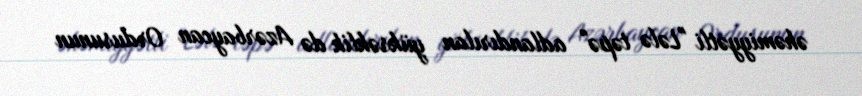
əhəmiyyətli "Lələ təpə" adlandırılan yüksəklik də Azərbaycan Ordusunun